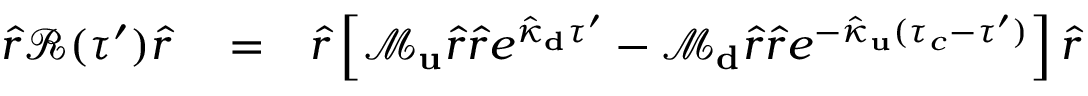
\begin{array} { r l r } { \hat { r } \mathcal { R } ( \tau ^ { \prime } ) \hat { r } } & { { } = } & { \hat { r } \left[ \mathcal { M } _ { \bf u } \hat { r } \hat { r } e ^ { \hat { \kappa } _ { \bf d } \tau ^ { \prime } } - \mathcal { M } _ { \bf d } \hat { r } \hat { r } e ^ { - \hat { \kappa } _ { \bf u } ( \tau _ { c } - \tau ^ { \prime } ) } \right] \hat { r } } \end{array}